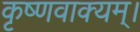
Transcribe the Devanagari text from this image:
कृष्णवाक्यम्।